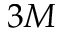
3 M